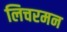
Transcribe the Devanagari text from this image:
लिचरमन